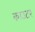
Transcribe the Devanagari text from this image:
काउटर